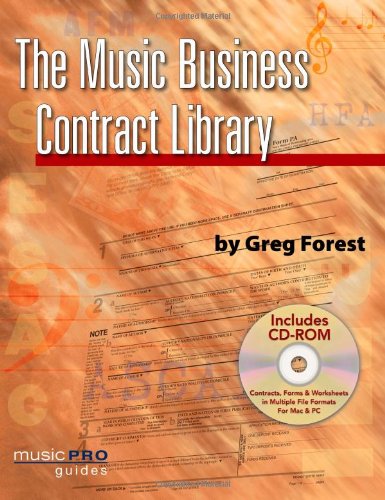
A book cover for Music Business Contract Library (Hal Leonard Music Pro Guides); Greg Forest; Arts & Photography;